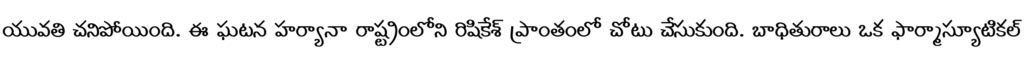
యువతి చనిపోయింది. ఈ ఘటన హర్యానా రాష్ట్రంలోని రిషికేశ్ ప్రాంతంలో చోటు చేసుకుంది. బాధితురాలు ఒక ఫార్మాస్యూటికల్